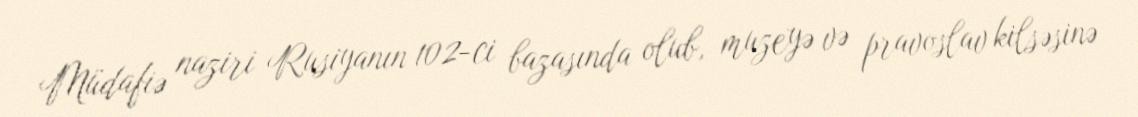
Müdafiə naziri Rusiyanın 102-ci bazasında olub, muzeyə və pravoslav kilsəsinə